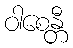
ဝါစေန္တီ